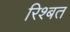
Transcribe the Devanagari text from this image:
रिश्बत